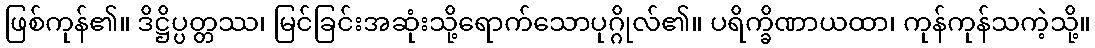
ဖြစ်ကုန်၏။ ဒိဋ္ဌိပ္ပတ္တဿ၊ မြင်ခြင်းအဆုံးသို့ရောက်သောပုဂ္ဂိုလ်၏။ ပရိက္ခိဏာယထာ၊ ကုန်ကုန်သကဲ့သို့။